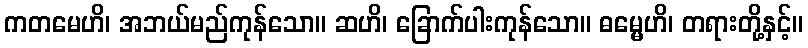
ကတမေဟိ၊ အဘယ်မည်ကုန်သော။ ဆဟိ၊ ခြောက်ပါးကုန်သော။ ဓမ္မေဟိ၊ တရားတို့နှင့်။